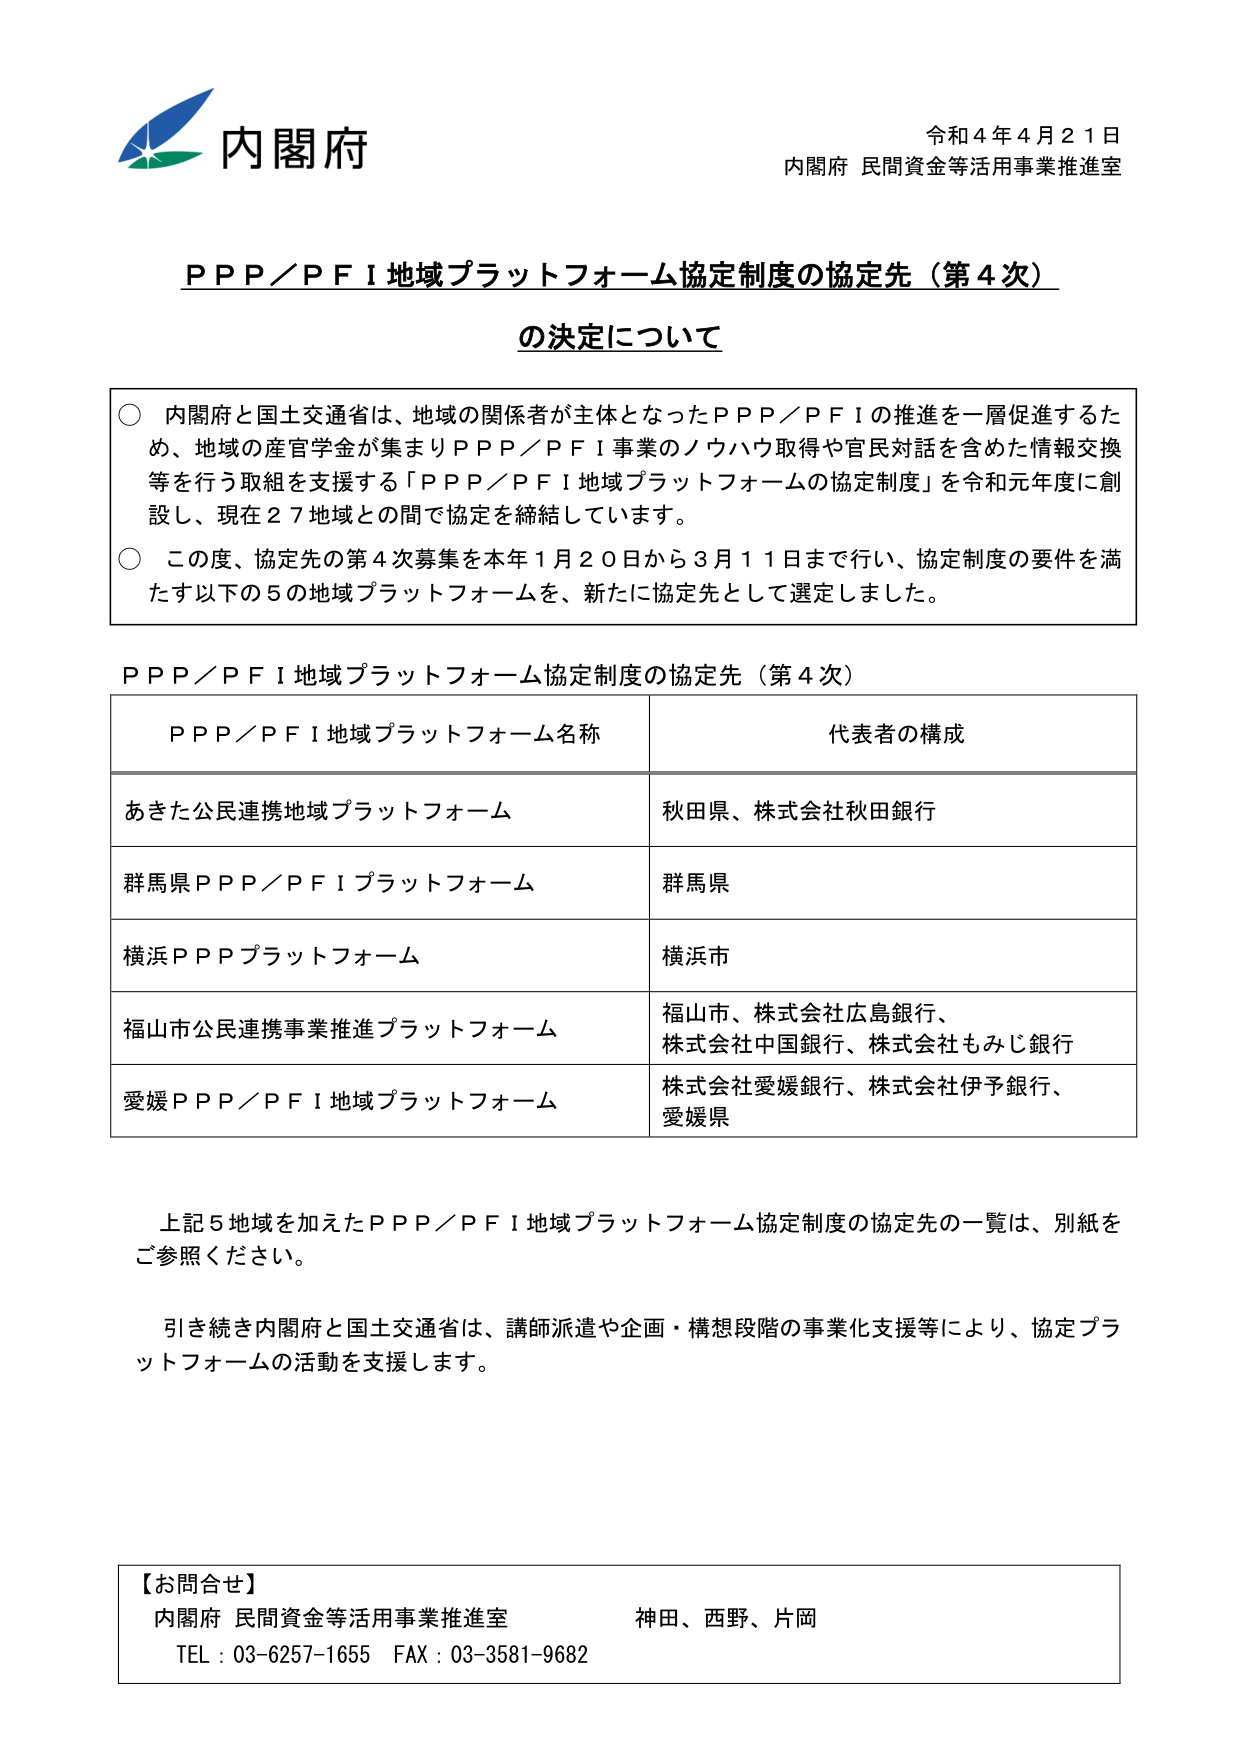
内閣府
令和４年４月２１日
内閣府 民間資金等活用事業推進室

ＰＰＰ／ＰＦＩ地域プラットフォーム協定制度の協定先（第４次）
の決定について

○ 内閣府と国土交通省は、地域の関係者が主体となったＰＰＰ／ＰＦＩの推進を一層促進するため、地域の産官学金が集まりＰＰＰ／ＰＦＩ事業のノウハウ取得や官民対話を含めた情報交換等を行う取組を支援する「ＰＰＰ／ＰＦＩ地域プラットフォームの協定制度」を令和元年度に創設し、現在２７地域との間で協定を締結しています。

○ この度、協定先の第４次募集を本年１月２０日から３月１１日まで行い、協定制度の要件を満たす以下の５の地域プラットフォームを、新たに協定先として選定しました。

ＰＰＰ／ＰＦＩ地域プラットフォーム協定制度の協定先（第４次）

| ＰＰＰ／ＰＦＩ地域プラットフォーム名称 | 代表者の構成 |
|----------------------------------------|--------------|
| あきた公民連携地域プラットフォーム     | 秋田県、株式会社秋田銀行 |
| 群馬県ＰＰＰ／ＰＦＩプラットフォーム   | 群馬県       |
| 横浜ＰＰＰプラットフォーム             | 横浜市       |
| 福山市公民連携事業推進プラットフォーム | 福山市、株式会社広島銀行、株式会社中国銀行、株式会社もみじ銀行 |
| 愛媛ＰＰＰ／ＰＦＩ地域プラットフォーム | 株式会社愛媛銀行、株式会社伊予銀行、愛媛県 |

上記５地域を加えたＰＰＰ／ＰＦＩ地域プラットフォーム協定制度の協定先の一覧は、別紙をご参照ください。

引き続き内閣府と国土交通省は、講師派遣や企画・構想段階の事業化支援等により、協定プラットフォームの活動を支援します。

【お問合せ】
内閣府 民間資金等活用事業推進室　神田、西野、片岡
TEL：03-6257-1655　FAX：03-3581-9682